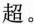
超。